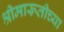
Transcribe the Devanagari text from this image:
श्रीमारूतीच्या